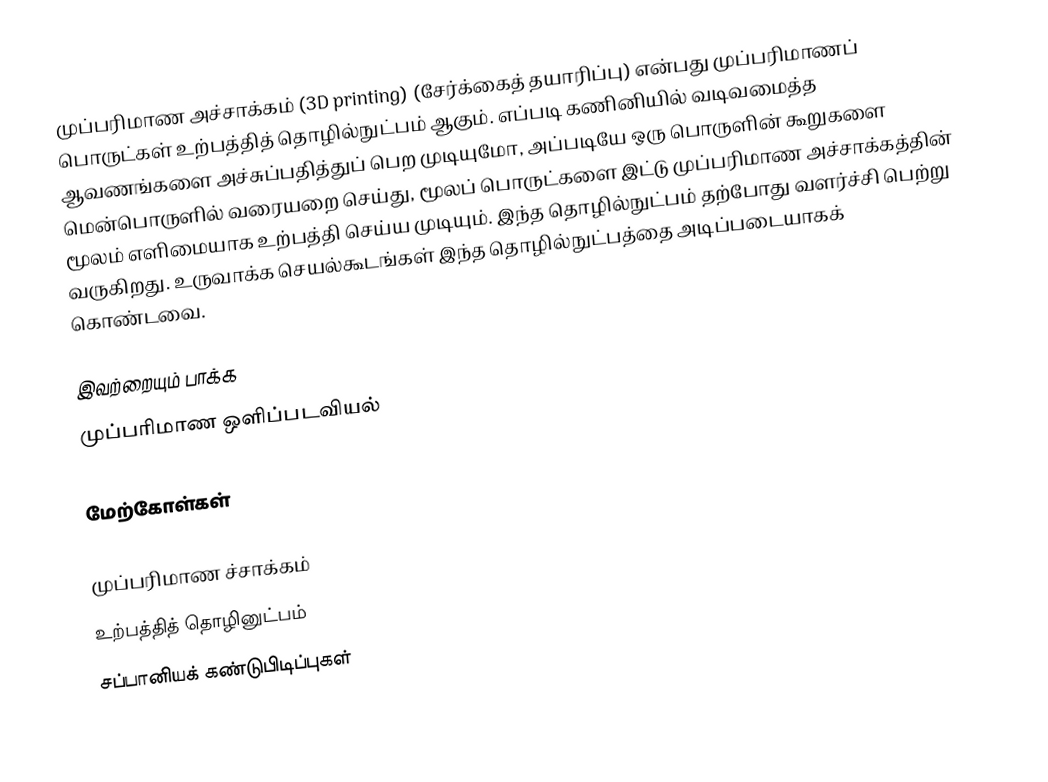
முப்பரிமாண அச்சாக்கம் (3D printing) (சேர்க்கைத் தயாரிப்பு) என்பது முப்பரிமாணப் பொருட்கள் உற்பத்தித் தொழில்நுட்பம் ஆகும். எப்படி கணினியில் வடிவமைத்த ஆவணங்களை அச்சுப்பதித்துப் பெற முடியுமோ, அப்படியே ஒரு பொருளின் கூறுகளை மென்பொருளில் வரையறை செய்து, மூலப் பொருட்களை இட்டு முப்பரிமாண அச்சாக்கத்தின் மூலம் எளிமையாக உற்பத்தி செய்ய முடியும். இந்த தொழில்நுட்பம் தற்போது வளர்ச்சி பெற்று வருகிறது. உருவாக்க செயல்கூடங்கள் இந்த தொழில்நுட்பத்தை அடிப்படையாகக் கொண்டவை.

இவற்றையும் பாக்க
 முப்பரிமாண ஒளிப்படவியல்

மேற்கோள்கள்

முப்பரிமாண ச்சாக்கம்
உற்பத்தித் தொழினுட்பம்
சப்பானியக் கண்டுபிடிப்புகள்